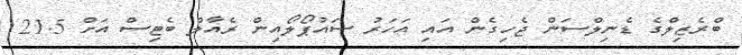
ބްރެޒިލްގެ ޑެނިލްސަން ޖެހިގެން އައި އަހަރު ސައުޕޯލޯއިން ރެއާލް ބެޓިސް އަށް 21.5